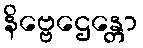
နိဗ္ဗေဌေန္တော